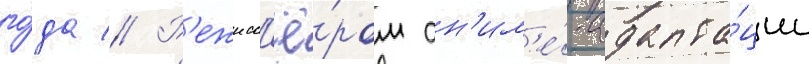
го́да // Р'ежисс'ё́ром ан'им'е́-адапта́ции